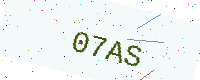
Text: 07AS